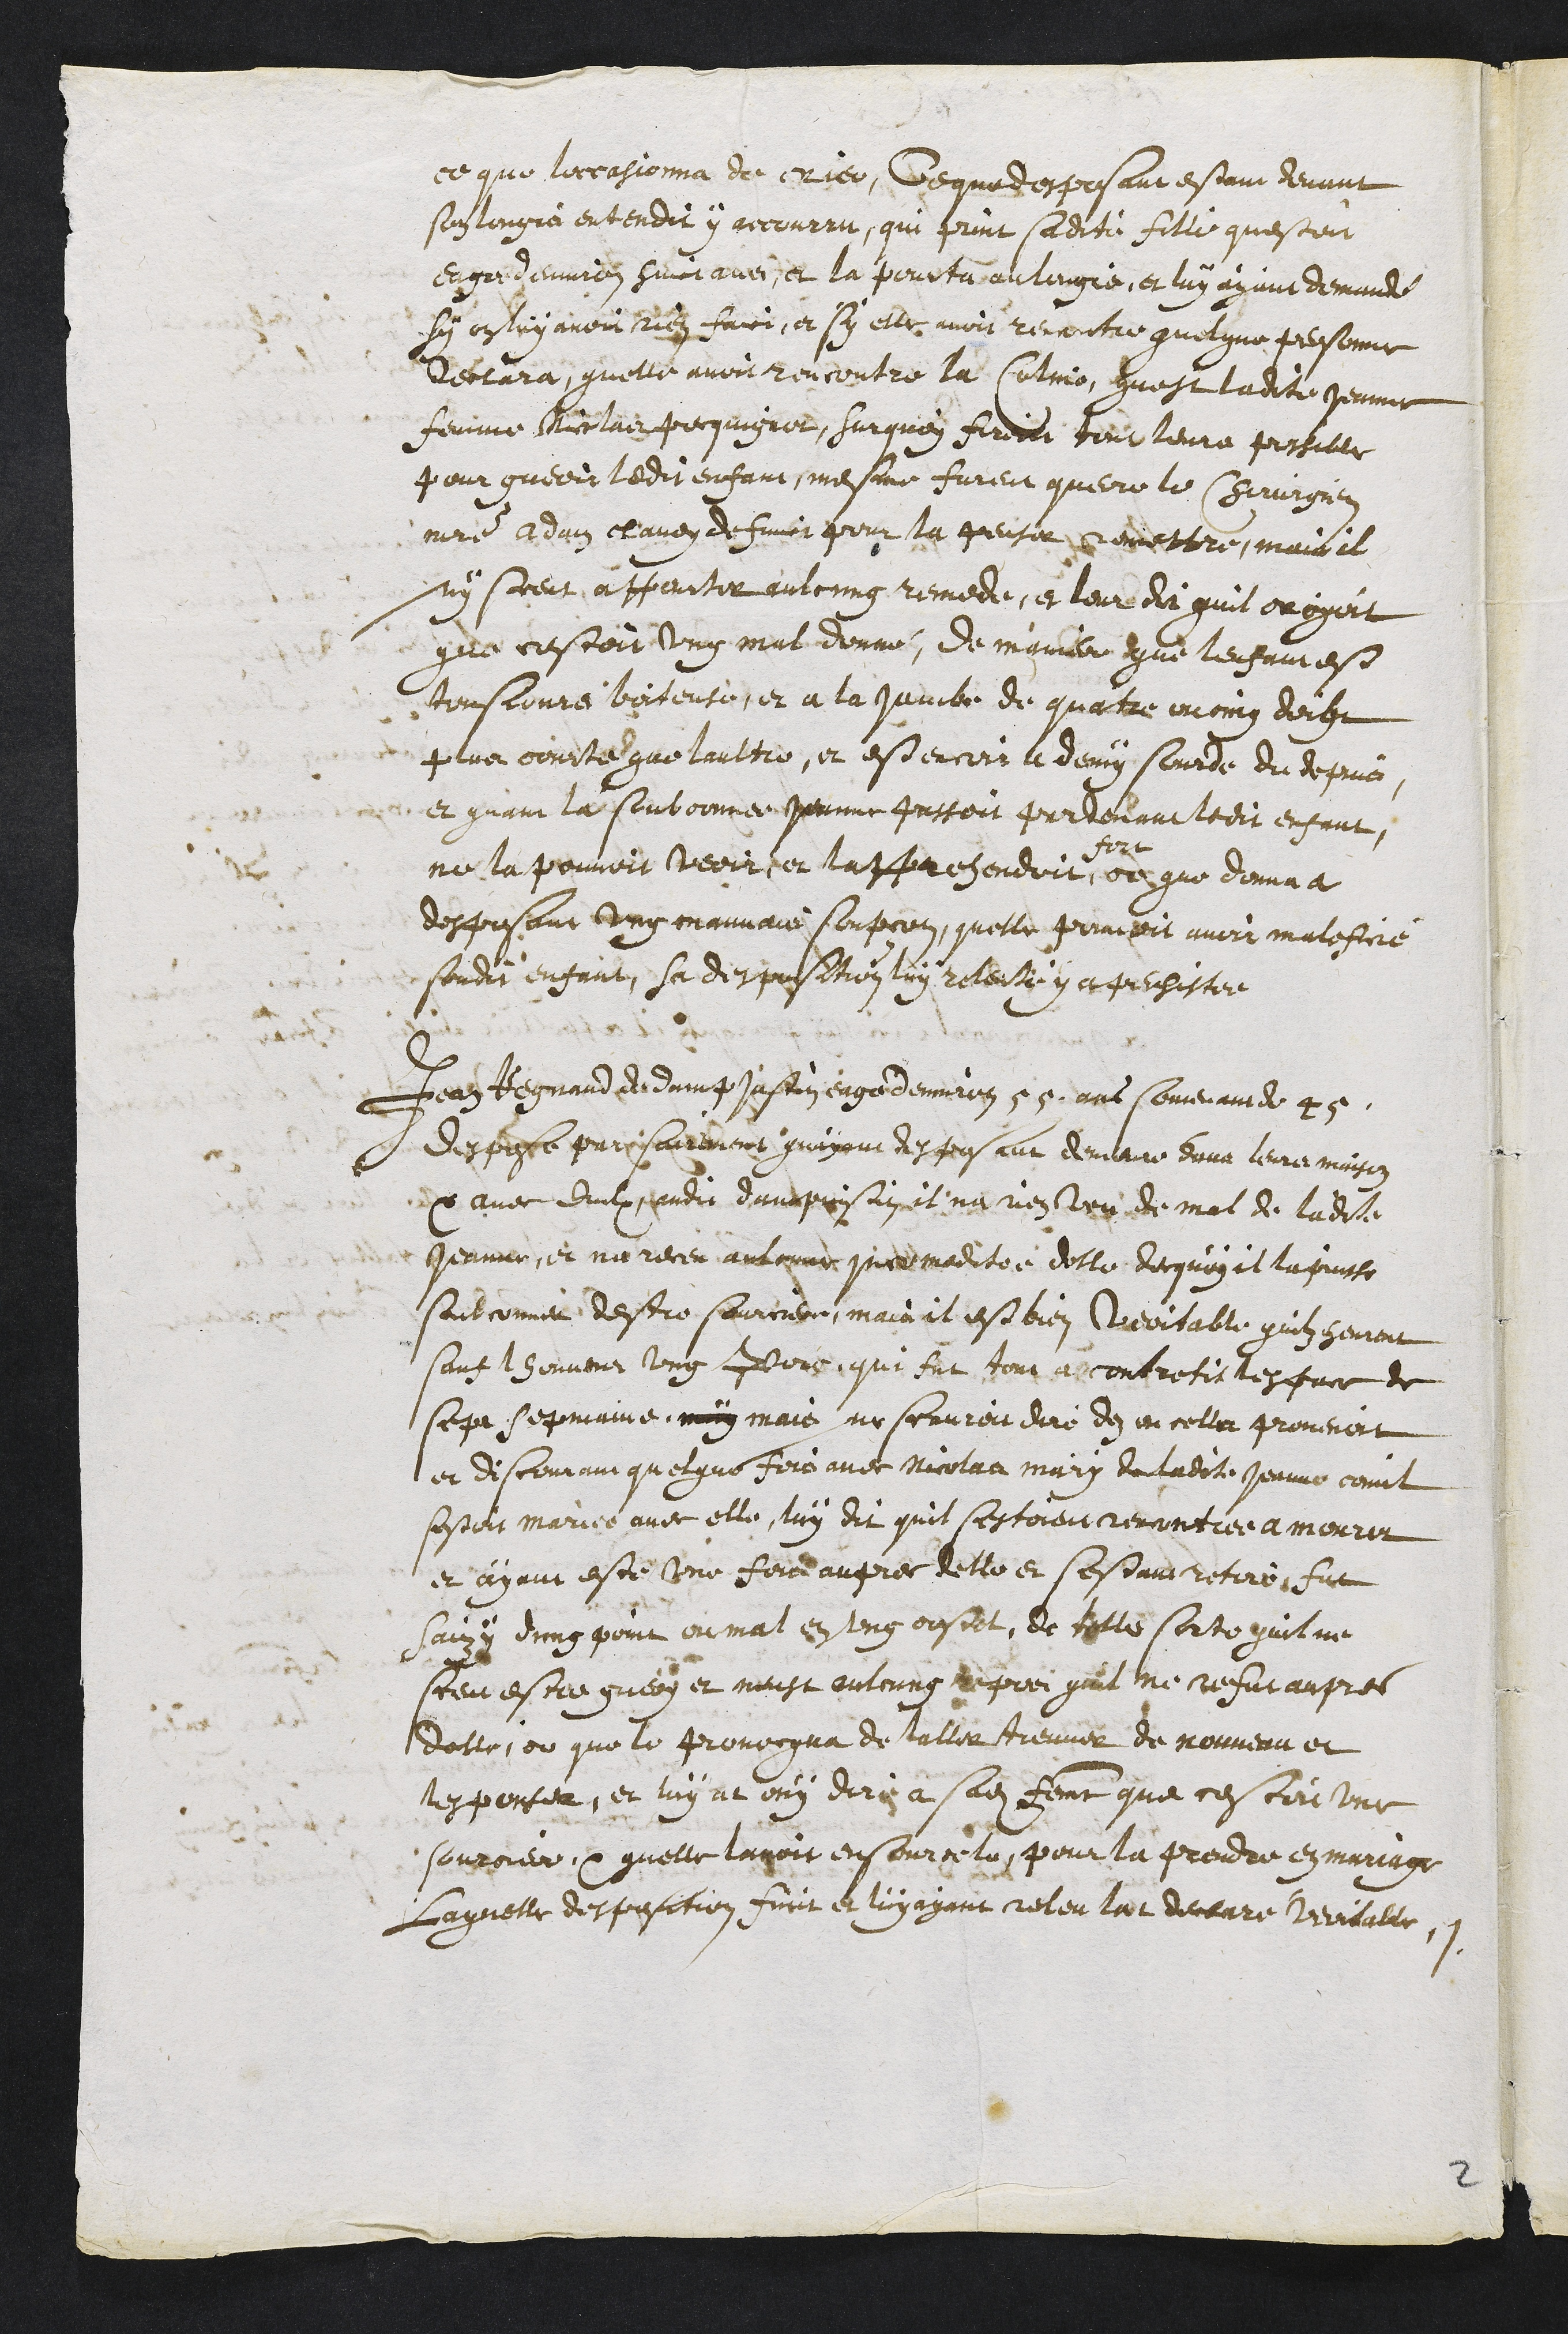
ce que loccasionna de crier, Ce que desposant estant devant
son longie entendit y accourru, qui print laditu fille questoit
eague denvion suit avec et la pourta aulingie, et luy ayant demande
sy enluy avoir rien faici, et sy elle avoit reccontre quelque personne
Rectara, quelle avoit rencontre la Colmo, quest ladite reane
femme Micclair pecquigner, Surquoy firedti jour leurs possible
pour guerrr ledit enfans, mesme furent querre le Cerrurgier
maistre Adam chaven defivir pour la peusir nemettre, mais il
ny sceut appourter aulcung remede, et leur di quil croyoit
que cestoit ung mal donne, de manier que lenfamest
tonsjours briteute, et a la jambe de quatre moing deige
4 lus concte que laultre, et est encer l demy scarde du depuis,
et quant la souboonnee Jernne justoit pardenant ledit enfant,
ne la pouvoir veoir e lappachendoit
fort
dr gro donna à
desposant ung mauvais soupcon, quelle pouvoit avoir maleftre
sondit enfant, sa desposition luy relecte y a persistée
Jean Regnard de damp Jastin eagé denviron 59 ans somvenantde 4
desposte parisairement quayont desposant demeure euva leurs maison
avec duulx ndi damprisin il na nen leu de mal de ladite
Jeanne, et ne receu aulcune snedmaditée delle decquoy il la prisse
sait conner destre sourcierr, main il est bien Weortable quilz heurent
sant lhonveur ung Dors, qui fut tour escontretis lespace de
sepa sepmaine, muin mais ne seavreu dire den en cella provenoit
et discomain quelque fois avec Nicolaa mary de ladite Jeanne commt
sestoit mariée avec elle, luy dit quil sestoient rencontiée a mourir
et ayant esté une fois aupres delle et sesdant retire, fut
saiz y d'ung point ou mal en ung oustet, de telle sorte quilme
sceu estre guery et neust aulcung reprei quil ne refut aupres
delle, ot que le provocqua de tallier treuver de nouveau et
tesponter, et luy at ouy diry a sadite femme que cescri unr
souroiert quelle lavoit ensour celu, pour la prendre en mariage
Laquelle desposition furt et luy ayant releu lat deceare Veriballe,